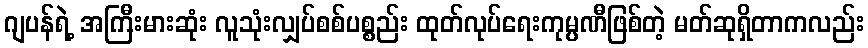
ဂျပန်ရဲ့ အကြီးမားဆုံး လူသုံးလျှပ်စစ်ပစ္စည်း ထုတ်လုပ်ရေးကုမ္ပဏီဖြစ်တဲ့ မတ်ဆုရှိတာကလည်း